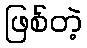
ဖြစ်တဲ့